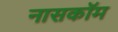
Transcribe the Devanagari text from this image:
नासकॉम